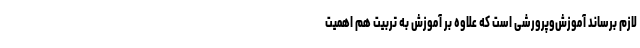
لازم برساند آموزش‌وپرورشی است که علاوه بر آموزش به تربیت هم اهمیت